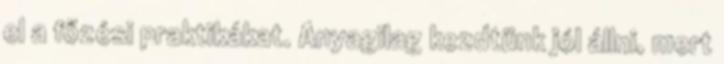
el a főzési praktikákat. Anyagilag kezdtünk jól állni, mert